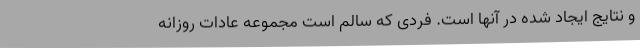
و نتایج ایجاد شده در آنها است. فردی که سالم است مجموعه عادات روزانه